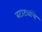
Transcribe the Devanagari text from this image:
बटाट्यांचे